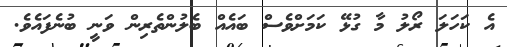
އެ ކަހަލަ ރޯލު މާ ގުޅޭ ކަމަށްވެސް ބައެއް ބެލުންތެރިން ވަނީ ބުނެފައެވެ.